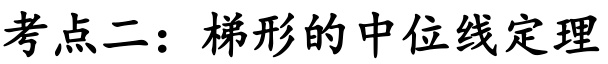
考点二：梯形的中位线定理